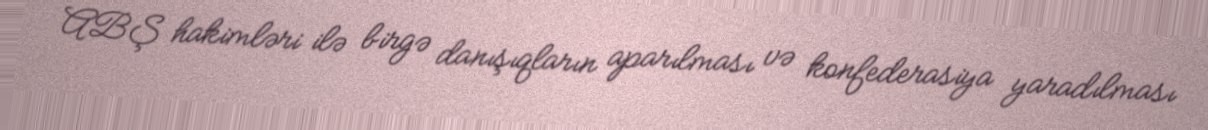
ABŞ hakimləri ilə birgə danışıqların aparılması və konfederasiya yaradılması